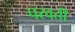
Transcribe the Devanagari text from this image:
परवतीं